NAE_EAOK_eestikeelsed_sunnimeetrikad, lk 114
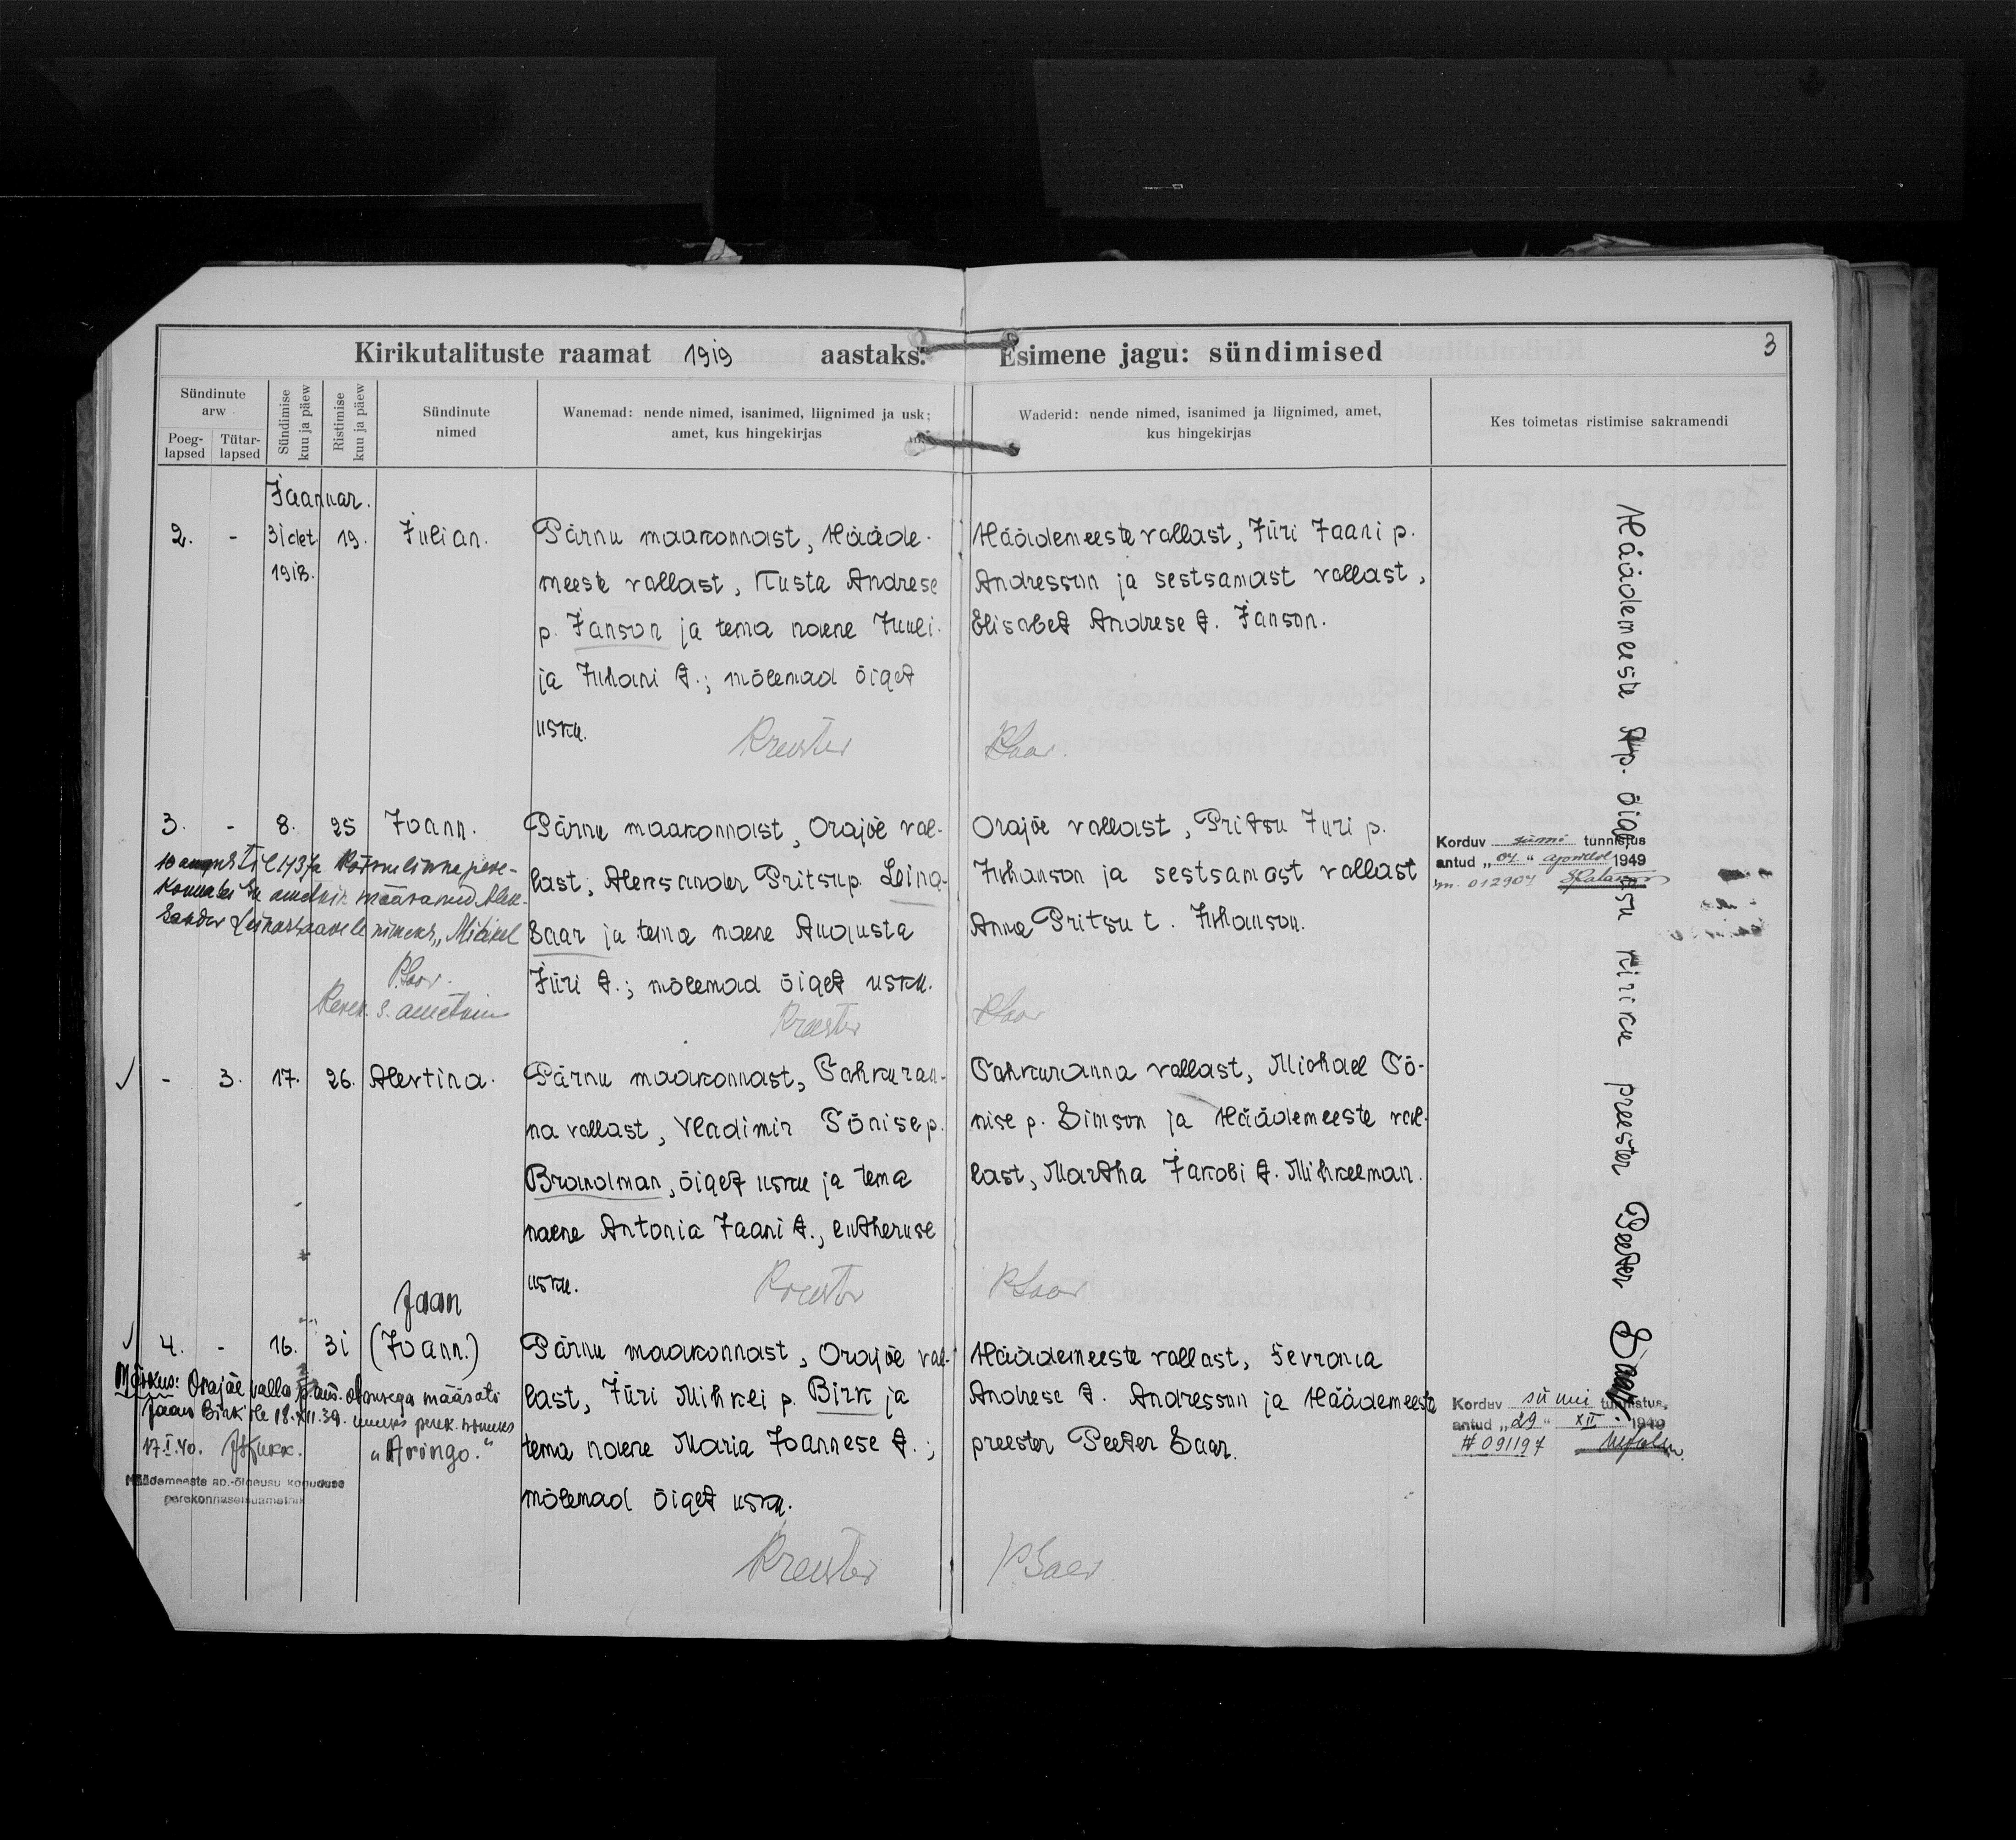
Julian

Joann

Alertina

Jaan
(Joann)

Pärnu maakonnast, Hääde-
meeste vallast, Kusta Andrese
p. Janson ja tema naene Juuli-
ja Tihoni t.; mõlemad õiget
usku.

Pärnu maakonnast, Orajõe val-
last, Aleksander Pritsu p. Leino-
saar ja tema naene Augusta
Jüri t.; mõlemad õiget usku.

Pärnu maakonnast, Tahkuran-
na vallast, Vladimir Tõnise p.
Brandman, õiget usku ja tema
naene Antonia Jaani t., lutheruse
usku.

Pärnu maakonnast, Orajõe val-
last, Jüri Mihkli p. Birk ja
tema naene Maria Joannese t.;
mõlemad õiget usku.